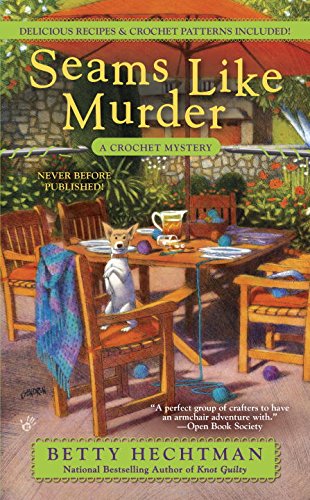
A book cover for Seams Like Murder: A Crocheting Mystery (A Crochet Mystery); Betty Hechtman; Mystery, Thriller & Suspense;